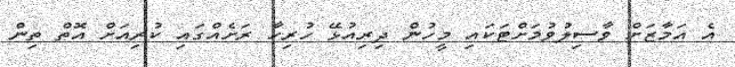
އެ އަމާޒަށް ވާސިލުވުމަށްޓަކައި މީހުން ދިރިއުޅޭ ހުރިހާ ރަށެއްގައި ކުރިއަށް އޮތް ތިން